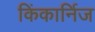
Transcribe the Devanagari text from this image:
किंकार्निज